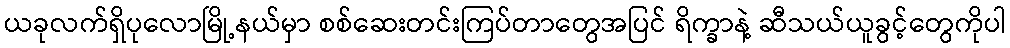
ယခုလက်ရှိပုလောမြို့နယ်မှာ စစ်ဆေးတင်းကြပ်တာတွေအပြင် ရိက္ခာနဲ့ ဆီသယ်ယူခွင့်တွေကိုပါ